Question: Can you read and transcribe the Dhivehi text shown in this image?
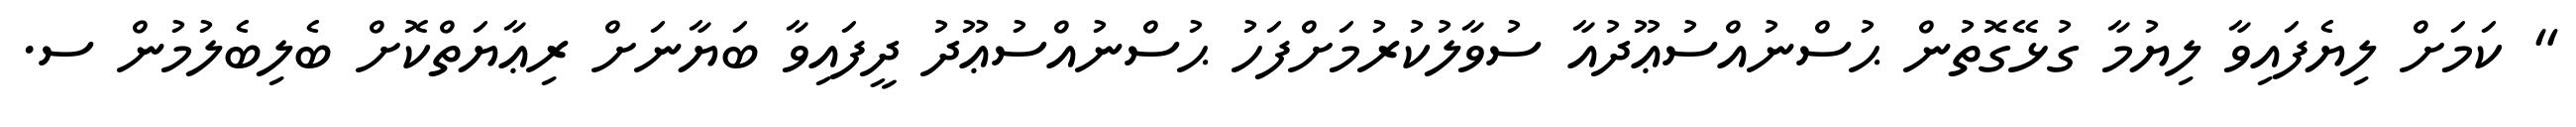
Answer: " ކަމަށް ލިޔެފައިވާ ލިޔުމާ ގުޅޭގޮތުން ޙުސްނުއްސުޢޫދުއާ ސުވާލުކުރުމަށްފަހު ޙުސްނުއްސުޢޫދު ދީފައިވާ ބަޔާނަށް ރިޢާޔަތްކޮށް ބެލިބެލުމުން ސ.